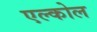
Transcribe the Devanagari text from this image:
एल्कोल